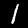
Digit: 1